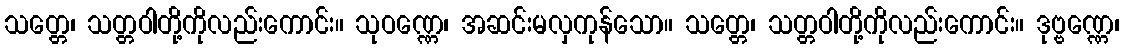
သတ္တေ၊ သတ္တဝါတို့ကိုလည်းကောင်း။ သုဝဏ္ဏေ၊ အဆင်းမလှကုန်သော။ သတ္တေ၊ သတ္တဝါတို့ကိုလည်းကောင်း။ ဒုဗ္ဗဏ္ဏေ၊